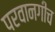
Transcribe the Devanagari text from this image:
परवानगीच